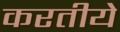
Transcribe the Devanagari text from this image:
करतीये